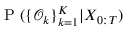
\mathrm { ~ P ~ } ( \{ \mathcal { O } _ { k } \} _ { k = 1 } ^ { K } | X _ { 0 : T } )